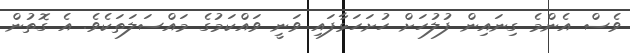
ވެސް އެންމެ ގިނައިން ފުލުހަށް ހުށަހަޅާފައި ވަނީ ވައްކަމުގެ މައްސަލަތަކެވެ. އެ ގޮތުން